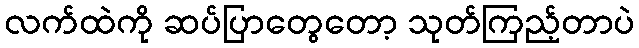
လက်ထဲကို ဆပ်ပြာတွေတော့ သုတ်ကြည့်တာပဲ